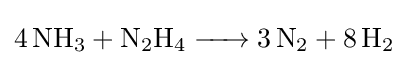
{\ce {4 NH3 + N2H4 -> 3 N2 + 8 H2}}